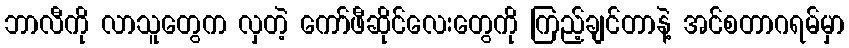
ဘာလီကို လာသူတွေက လှတဲ့ ကော်ဖီဆိုင်လေးတွေကို ကြည့်ချင်တာနဲ့ အင်စတာဂရမ်မှာ